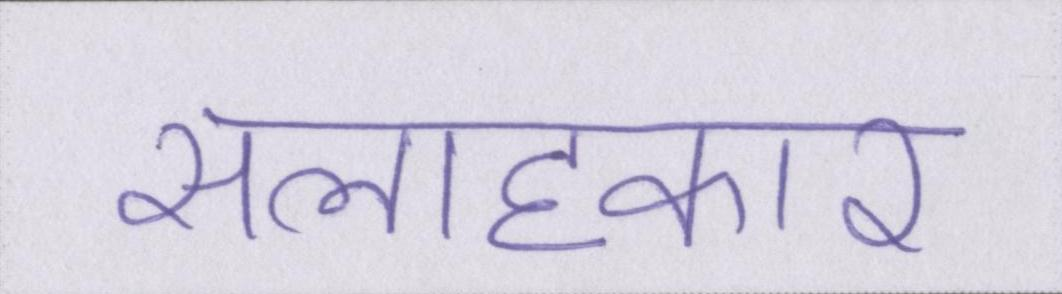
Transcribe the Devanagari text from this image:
सलाहकार